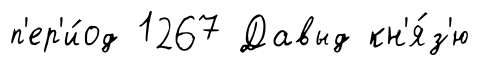
п'ер'и́од 1267 Давыд кн'я́з'ю